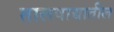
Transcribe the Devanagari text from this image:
तालवाद्यातील